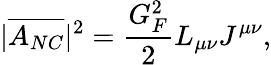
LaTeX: |\overline{{{A_{NC}}}}|^{2}=\frac{G_{F}^{2}}{2}L_{\mu\nu}J^{\mu\nu},